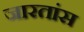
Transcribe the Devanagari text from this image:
जारतांस